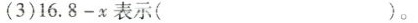
(3)16.8-x表示( )。